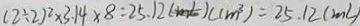
( 2 \div 2 ) ^ { 2 } \times 3 . 1 4 \times 8 = 2 5 . 1 2 ( m ^ { 3 } ) = 2 5 . 1 2 ( m ^ { 2 } )